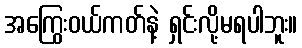
အကြွေးဝယ်ကတ်နဲ့ ရှင်းလို့မရပါဘူး။